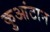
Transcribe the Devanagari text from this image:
कुआंटान